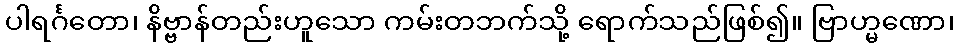
ပါရင်္ဂတော၊ နိဗ္ဗာန်တည်းဟူသော ကမ်းတဘက်သို့ ရောက်သည်ဖြစ်၍။ ဗြာဟ္မဏော၊